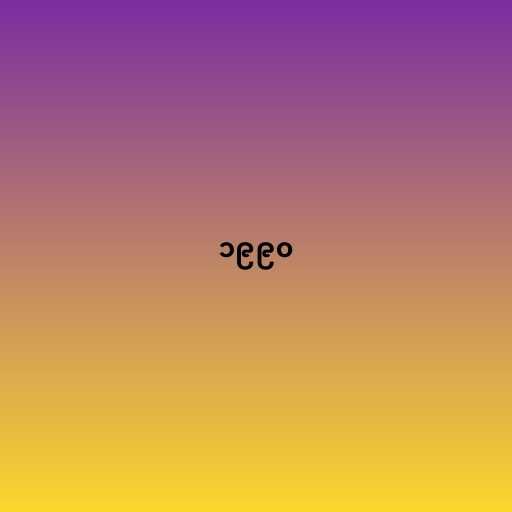
၁၉၉၀